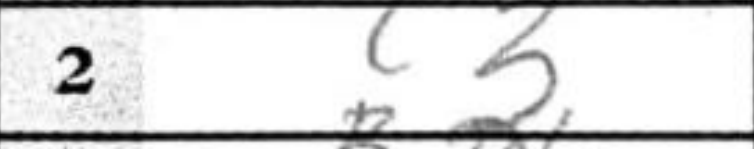
Transcription: c3